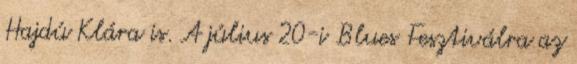
Hajdú Klára is. A július 20-i Blues Fesztiválra az